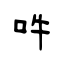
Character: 吽